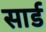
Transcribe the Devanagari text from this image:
सार्ड